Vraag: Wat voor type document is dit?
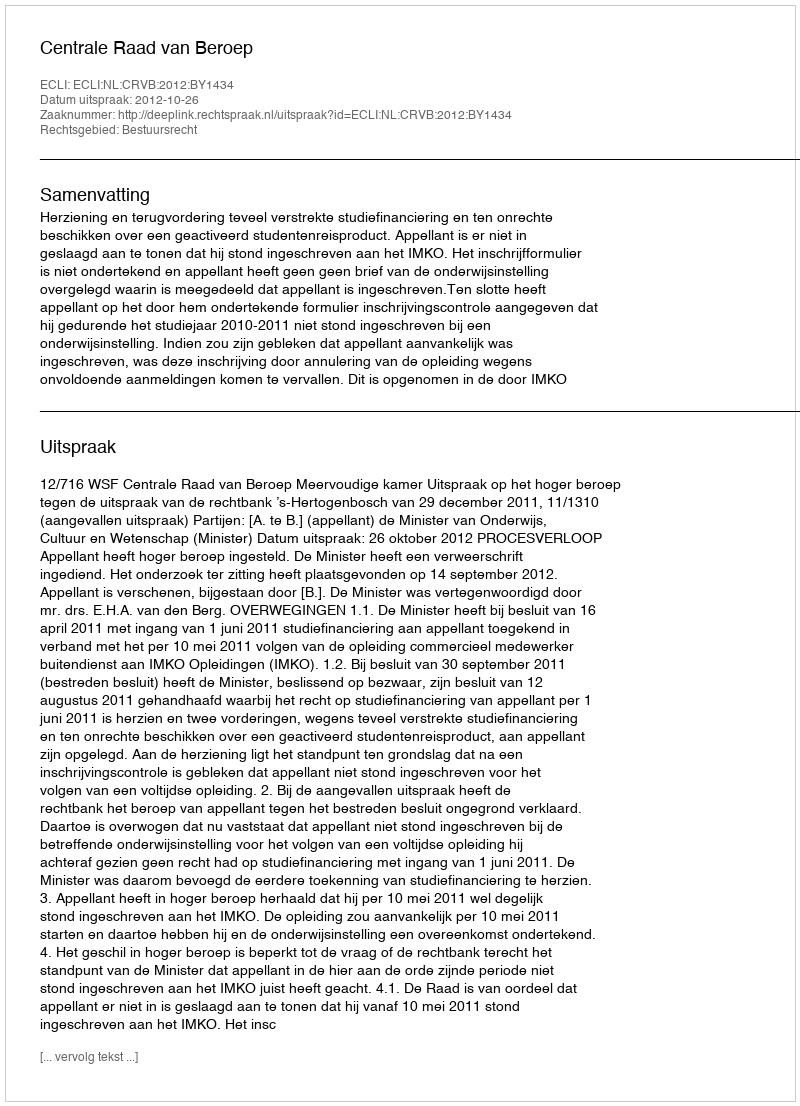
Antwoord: Uitspraak